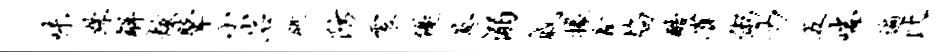
味姝解炫鼙小岩眺防震优葱溺戚掾鑫焰酷雀粥力五喘遍比